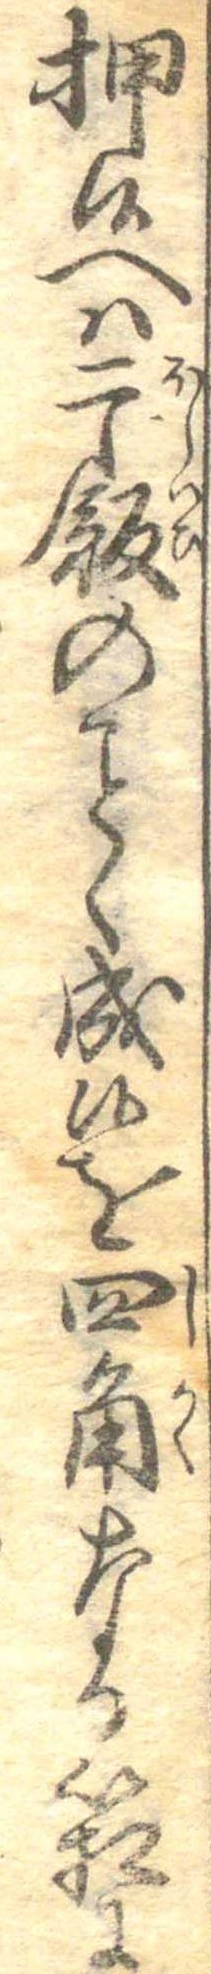
押候へは干飯のく成候を四角なる箱に